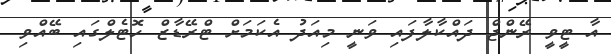
އާ ޓީވީ ރޭންޖް ދައްކާލާފައި ވަނީ މިއަދު އެކަމަށް ޓްރޭޑާޒް ހޮޓެލްގައި ބޭއްވި